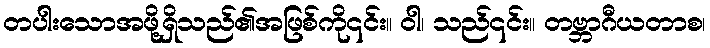
တပါးသောအဖို့ရှိသည်၏အဖြစ်ကို၎င်း။ ဝါ၊ သည်၎င်း။ တဗ္ဘာဂီယတာစ၊